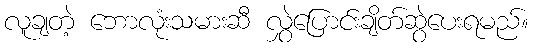
လူချတဲ့ ဘောလုံးသမားဆီ လွှဲပြောင်းချိတ်ဆွဲပေးရမည်။